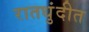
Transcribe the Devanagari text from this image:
रातधुंदीत